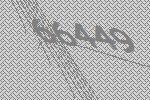
66449